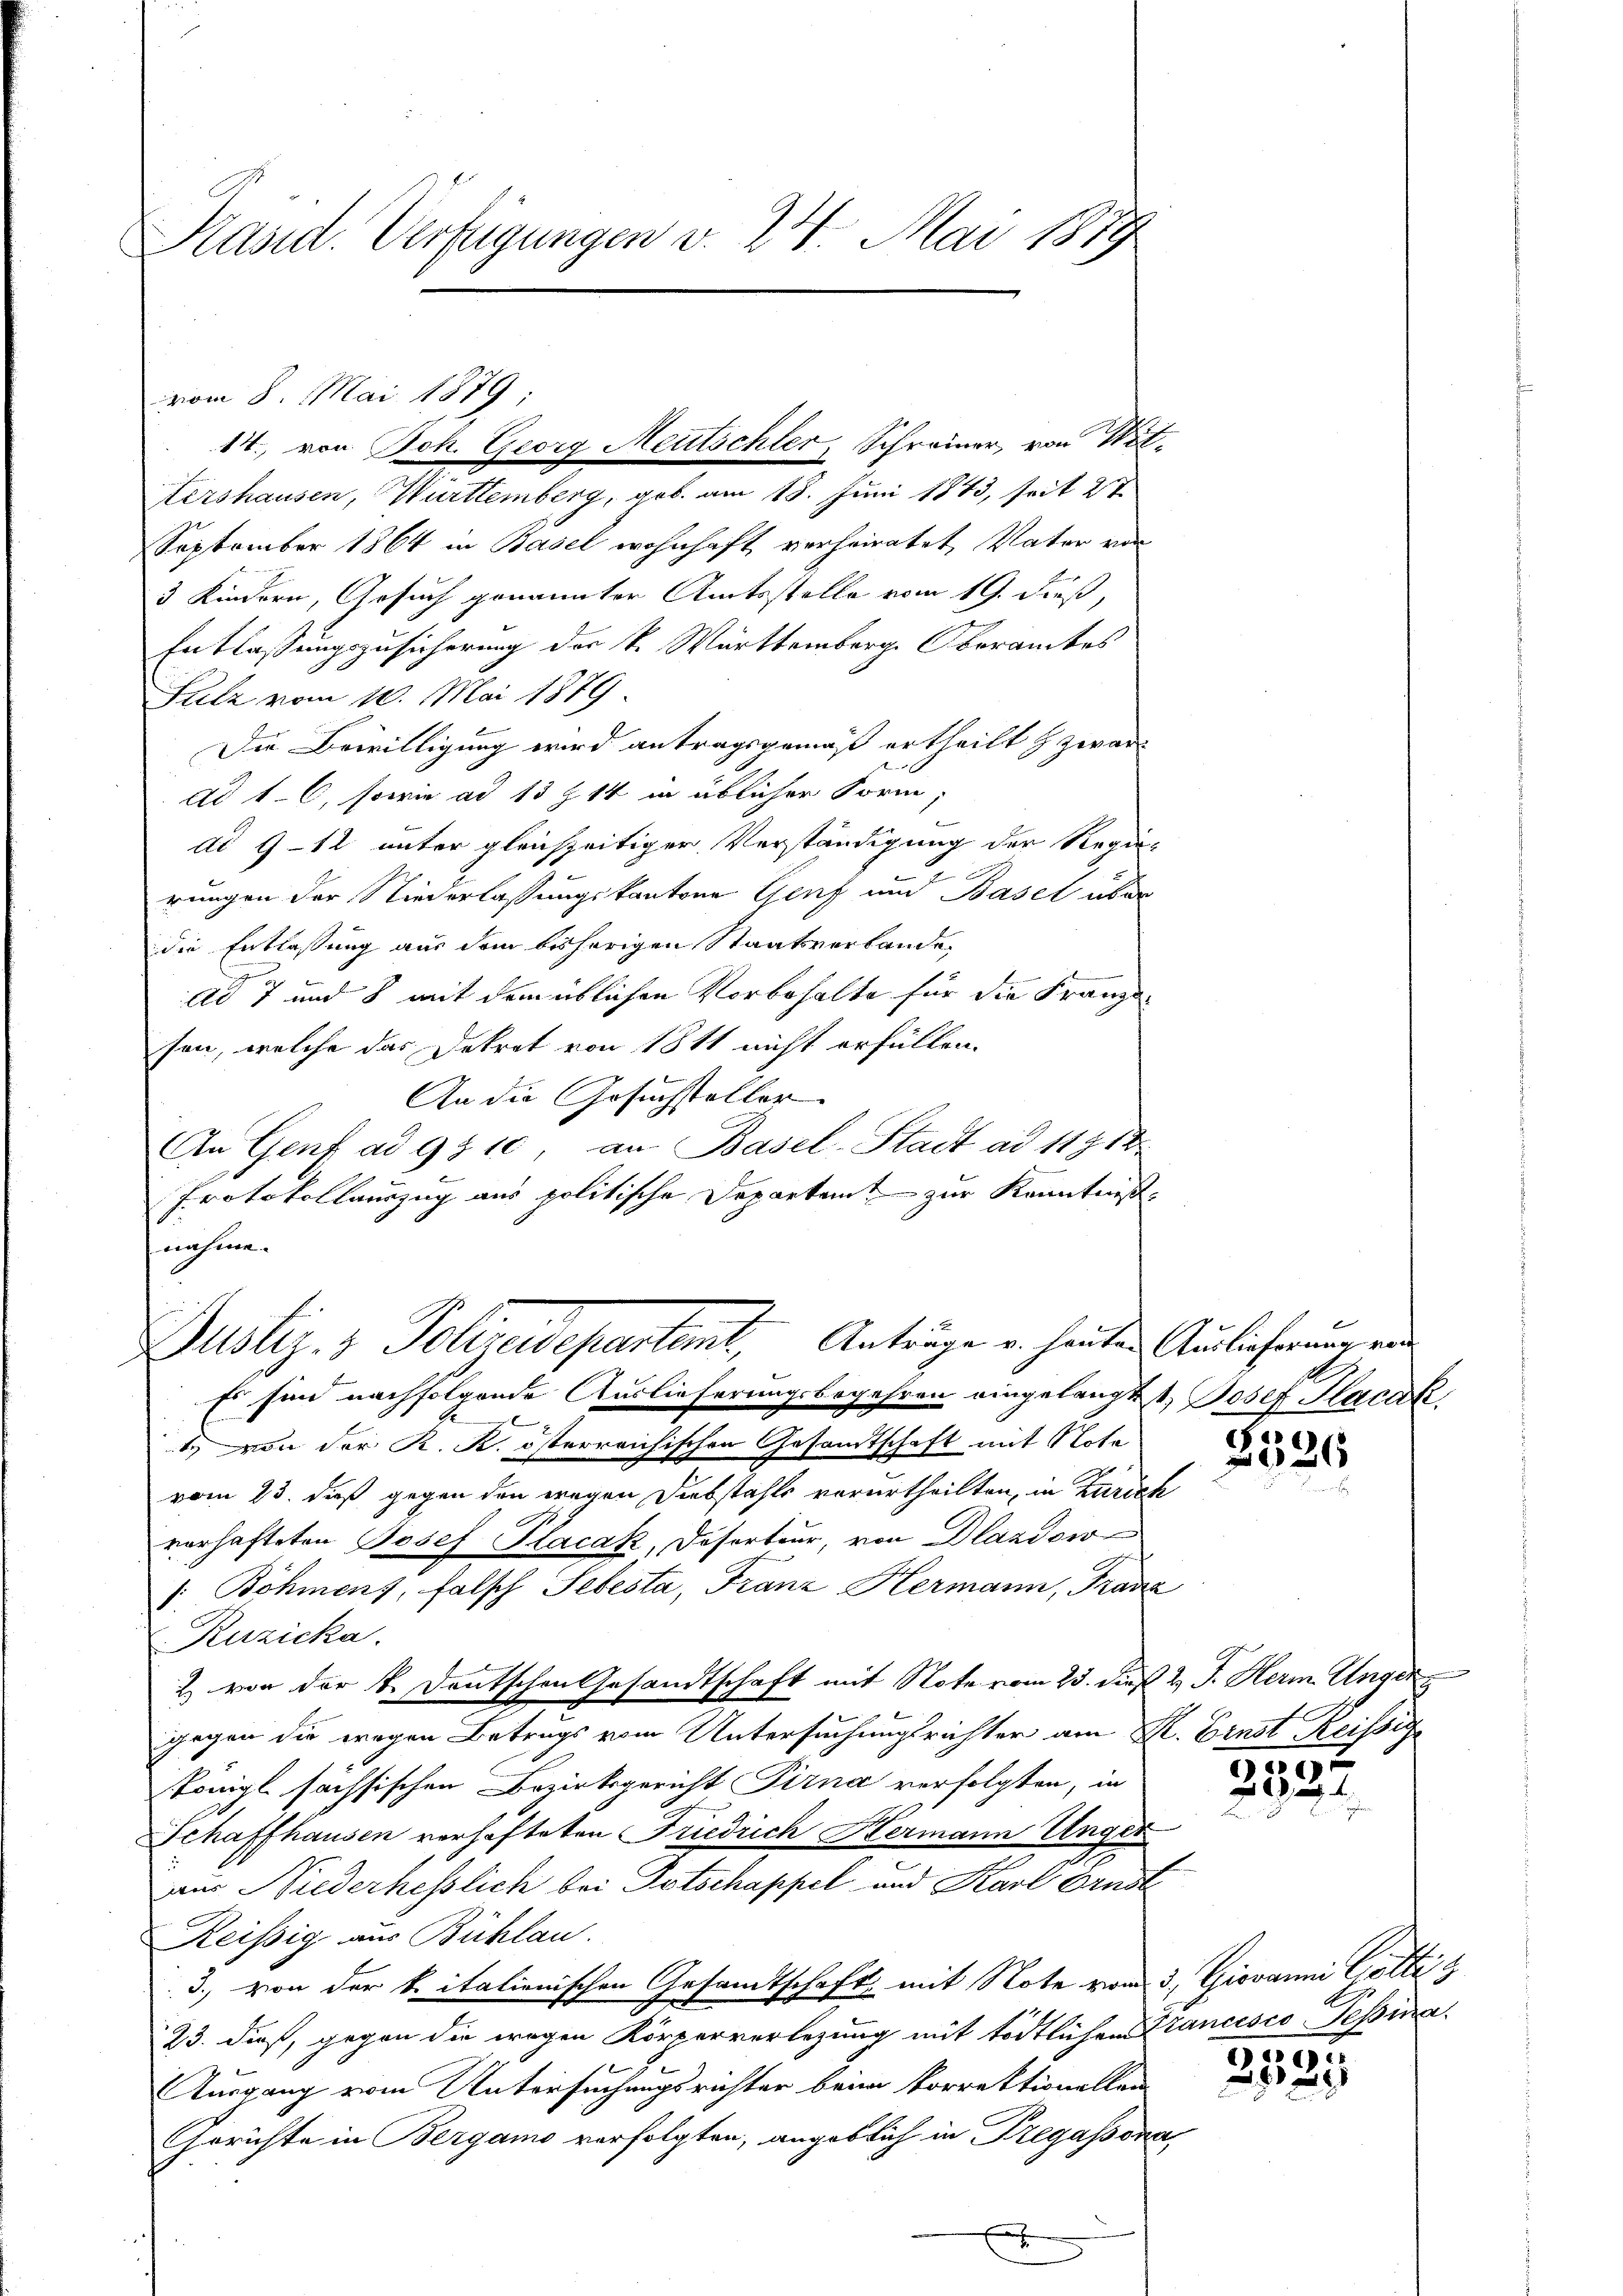
Kasid. Verfügungen v. 24. Mai 1879

Kershausen, Württemberg, geb. am 18. Juni 1843, seit 27
September 1864 in Basel wohnhaft verheiratet, Vater von
3 Kindern, Gesuch genannter Amtsstelle vom 19. dieß,
Entlassungszusicherung der k. Württemberg. Oberamtes
Sutz vom 10. Mai 1879
Die Bewilligung wird antragsgemäß ertheilt & zwar
ad 1. 6, sowie ad 13 Z 14 in üblicher Form,
dd 9–12 unter gleichzeitiger Verständigung der Regie-
rungen der Niederlassungskantone Genf und Basel über
die Entlassung aus dem bisherigen Staatsverbande,
ad 7 und 8 mit dem üblichen Vorbehalte für die Franzsen, welche das Dekret von 1811 nicht erfüllen.
An die Gesuchsteller
An Genf ad 9510, an Basel-Stadt ad 11912
Protokollauszug aus politische Departem zur Kenntniß
nahme.

vom 8. Mai 1879;
14., von Joh. Georg Neutschler, Schreiner, von Wit¬

Justiz- & Polizeidepartemt, Anträge u. heuten Auslicherung ein
Es sind nachfolgende Auslieferungsbegehren eingelangtt, Josef Hack,

E

1 von der K. K. österreichischen Gesamtschaft mit Note
vom 23. dieß gegen den wegen Diebstahls verurtheilten, in Zürich
verhafteten Josef Placak, Deserteur, von Dlandsw
". Böhmens, falsch Sebesta, Franz, Hermann, Trace
Kuzicka.
2 von der k. Deutschen Gesandtschaft mit Note vom 23. dieß & J. Herm Unger
gegen die wegen Betrugs vom Untersuchungsrichter am R. Ernst Reissige
Königl sächsischen Bezirksgericht Pirna verfolgten, in
Schaffhausen vorhafteten Friedrich Hermann Unger
aus Niederhesslich bei Totschappel und Karl Ernst
Reissig aus Bühlau.
3., von der k. italionischen Gesandtschaft mit Note vom 3. Giovanni Götti
23. dieß, gegen die wegen Körperverlegung mit tödtlichen Francisco Tessina
Ausgang vom Untersuchungsrichter beim Vorrektionellen
Gerichte in Bergamo verfolgten, angeblich in Tregassona
x

.
2526

2397.

95
22